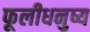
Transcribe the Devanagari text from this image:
फूलीधनुष्य